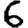
Digit: 6